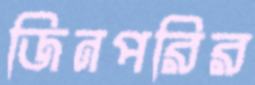
জিনপরির